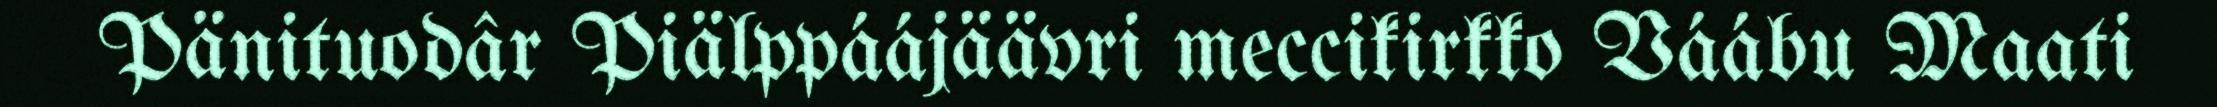
Pänituodâr Piälppáájäävri meccikirkko Váábu Maati